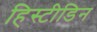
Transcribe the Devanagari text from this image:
हिस्टीडिन